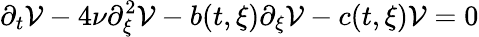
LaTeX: \partial_{t}\mathcal{V}-4\nu\partial_{\xi}^{2}\mathcal{V}-b(t,\xi)\partial_{\xi}\mathcal{V}-c(t,\xi)\mathcal{V}=0